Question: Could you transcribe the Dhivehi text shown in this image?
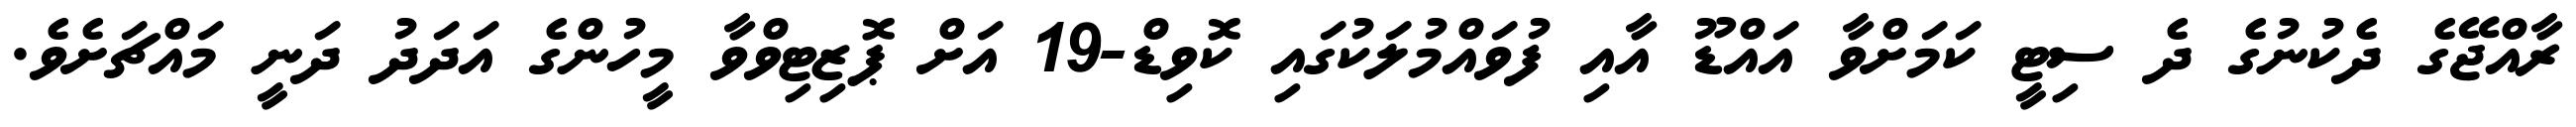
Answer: ރާއްޖޭގެ ދެކުނުގެ ދެ ސިޓީ ކަމަށްވާ އައްޑޫ އާއި ފުވައްމުލަކުގައި ކޮވިޑް-19 އަށް ޕޮޒިޓިވްވާ މީހުންގެ އަދަދު ދަނީ މައްޗަށެވެ.